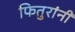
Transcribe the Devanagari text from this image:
फितुरांनी